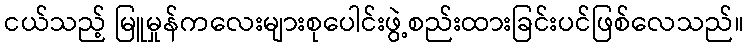
ငယ်သည့် မြူမှုန်ကလေးများစုပေါင်းဖွဲ့စည်းထားခြင်းပင်ဖြစ်လေသည်။